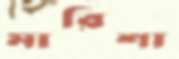
মারিশা